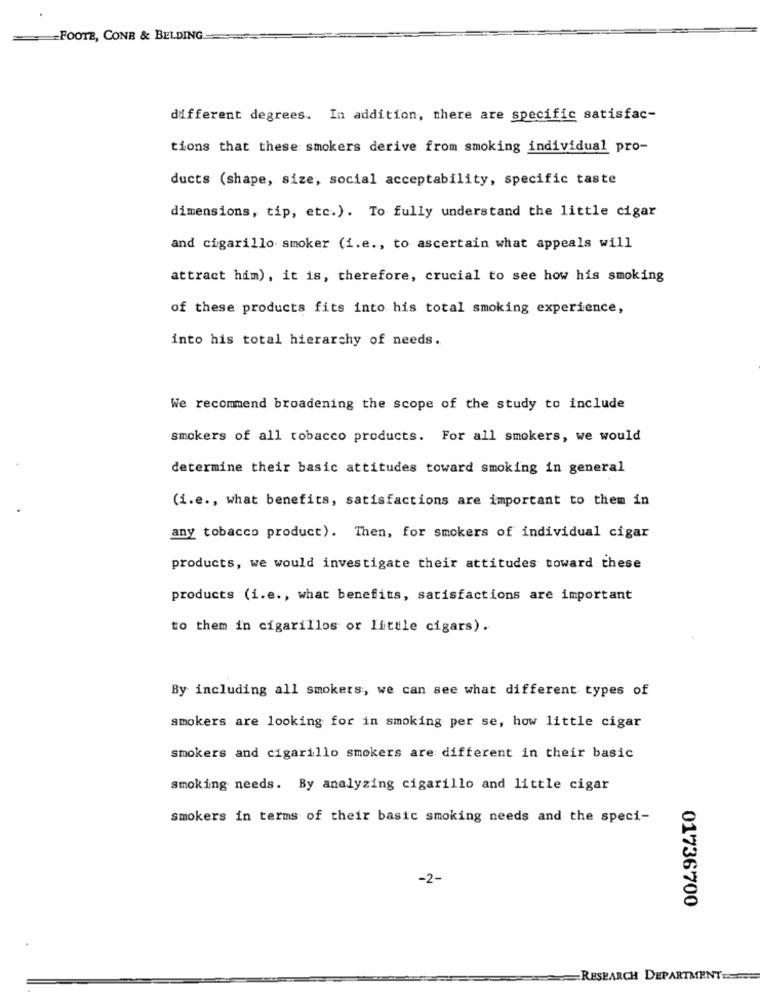
FOOTE, CONB & BELDING
different degrees. In addition, there are specific satisfac-
tions that these smokers derive from smoking individual pro-
ducts (shape, size, social acceptability, specific taste
dimensions, tip, etc.). To fully understand the little cigar
and cigarillo smoker (i.e ., to ascertain what appeals will
attract him), it is, therefore, crucial to see how his smoking
of these products fits into his total smoking experience,
into his total hierarchy of needs.
We recommend broadening the scope of the study to include
smokers of all tobacco products. For all smokers, we would
determine their basic attitudes toward smoking in general
(i.e ., what benefits, satisfactions are important to them in
any tobacco product). Then, for smokers of individual cigar
products, we would investigate their attitudes toward these
products (i.e ., what benefits, satisfactions are important
to them in cigarillos or little cigars).
By including all smokers, we can see what different types of
smokers are looking for in smoking per se, how little cigar
smokers and cigarillo smokers are different in their basic
smoking needs. By analyzing cigarillo and little cigar
smokers in terms of their basic smoking needs and the speci-
-2-
01736700
RESEARCH DEPARTMENT ====